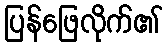
ပြန်ဖြေလိုက်၏